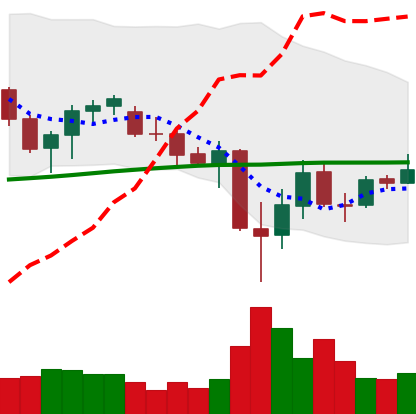
Ticker: ADA-USD
Chart end date: 2021-06-29
Forward return: 6.558%
Label: up_5_7